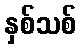
နှစ်သစ်